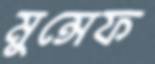
মুন্সেফ